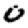
Digit: 0